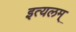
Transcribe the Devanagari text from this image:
इत्यलम्